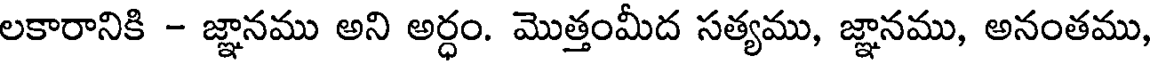
లకారానికి - జ్ఞానము అని అర్ధం. మొత్తంమీద సత్యము, జ్ఞానము, అనంతము,